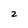
Character: 2